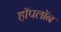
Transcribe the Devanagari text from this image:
हॉपलॉन